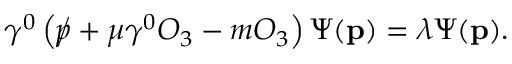
\gamma ^ { 0 } \left( \rlap \slash p + \mu \gamma ^ { 0 } O _ { 3 } - m O _ { 3 } \right) \Psi ( \mathbf { p } ) = \lambda \Psi ( \mathbf { p } ) .